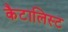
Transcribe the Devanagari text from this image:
कैटालिस्ट